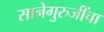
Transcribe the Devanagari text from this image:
सानेगुरुजींचा